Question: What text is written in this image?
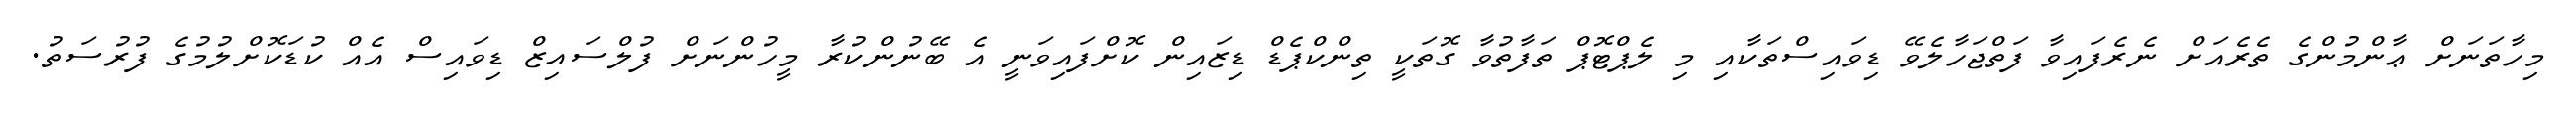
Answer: މިހާތަނަށް ޢާންމުންގެ ތެރެއަށް ނެރެފައިވާ ފަތްޖަހާލެވޭ ޑިވައިސްތަކާއި މި ލެޕްޓޮޕް ތަފާތުވާ ގޮތަކީ ތިންކްޕެޑް ޑިޒައިން ކޮށްފައިވަނީ އެ ބޭނުންކުރާ މީހުންނަށް ފުލްސައިޒް ޑިވައިސް އެއް ކުޑަކޮށްލުމުގެ ފުރުސަތު.